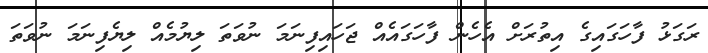
ރަގަޅު ފާހަގައިގެ އިތުރަށް އެހެން ފާހަގައެއް ޖަހައިފިނަމަ ނުވަތަ ލިޔުމެއް ލިޔެފިނަމަ ނުވަތަ